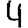
Digit: 4